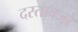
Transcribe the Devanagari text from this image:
दस्तावजों